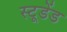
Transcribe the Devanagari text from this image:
स्टूडेंड